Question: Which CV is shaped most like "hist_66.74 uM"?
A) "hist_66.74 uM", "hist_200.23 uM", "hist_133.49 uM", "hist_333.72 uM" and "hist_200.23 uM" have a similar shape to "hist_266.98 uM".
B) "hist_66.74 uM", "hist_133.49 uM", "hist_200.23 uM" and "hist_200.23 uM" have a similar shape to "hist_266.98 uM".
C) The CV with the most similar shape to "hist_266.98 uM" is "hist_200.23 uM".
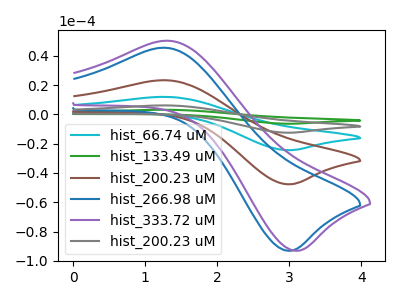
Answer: <think>The cyan curve "hist_66.74 uM" has an anodic peak at (1.25V, 46.60uA) and a cathodic peak at (3.05V, -95.30uA). The green curve "hist_133.49 uM" has an anodic peak at (1.25V, 93.20uA) and a cathodic peak at (3.05V, -190.60uA). The brown curve "hist_200.23 uM" has an anodic peak at (1.25V, 23.30uA) and a cathodic peak at (3.05V, -47.65uA). The blue curve "hist_266.98 uM" has an anodic peak at (1.25V, 45.45uA) and a cathodic peak at (3.05V, -93.00uA). The purple curve "hist_333.72 uM" has an anodic peak at (1.30V, 50.25uA) and a cathodic peak at (3.15V, -93.00uA). The gray curve "hist_200.23 uM" has an anodic peak at (1.25V, 69.90uA) and a cathodic peak at (3.05V, -142.95uA).
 All the peaks in "hist_66.74 uM" have a peak in "hist_133.49 uM" at the same potential. Every peak in "hist_66.74 uM" is lower than every peak in "hist_133.49 uM". All the peaks in "hist_66.74 uM" have a peak in "hist_200.23 uM" at the same potential. Every peak in "hist_66.74 uM" is higher than every peak in "hist_200.23 uM". All the peaks in "hist_66.74 uM" have a peak in "hist_266.98 uM" at the same potential. Every peak in "hist_66.74 uM" is higher than every peak in "hist_266.98 uM". "hist_66.74 uM" and "hist_333.72 uM" have at least one peak that do not match. All the peaks in "hist_66.74 uM" have a peak in "hist_200.23 uM" at the same potential. Every peak in "hist_66.74 uM" is lower than every peak in "hist_200.23 uM". All the peaks in "hist_133.49 uM" have a peak in "hist_200.23 uM" at the same potential. Every peak in "hist_133.49 uM" is higher than every peak in "hist_200.23 uM". All the peaks in "hist_133.49 uM" have a peak in "hist_266.98 uM" at the same potential. Every peak in "hist_133.49 uM" is higher than every peak in "hist_266.98 uM". "hist_133.49 uM" and "hist_333.72 uM" have at least one peak that do not match. All the peaks in "hist_133.49 uM" have a peak in "hist_200.23 uM" at the same potential. Every peak in "hist_133.49 uM" is higher than every peak in "hist_200.23 uM". All the peaks in "hist_200.23 uM" have a peak in "hist_266.98 uM" at the same potential. Every peak in "hist_200.23 uM" is lower than every peak in "hist_266.98 uM". "hist_200.23 uM" and "hist_333.72 uM" have at least one peak that do not match. All the peaks in "hist_200.23 uM" have a peak in "hist_200.23 uM" at the same potential. Every peak in "hist_200.23 uM" is lower than every peak in "hist_200.23 uM". "hist_266.98 uM" and "hist_333.72 uM" have at least one peak that do not match. All the peaks in "hist_266.98 uM" have a peak in "hist_200.23 uM" at the same potential. Every peak in "hist_266.98 uM" is lower than every peak in "hist_200.23 uM". "hist_333.72 uM" and "hist_200.23 uM" have at least one peak that do not match.</think>
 <answer>B) "hist_66.74 uM", "hist_133.49 uM", "hist_200.23 uM" and "hist_200.23 uM" have a similar shape to "hist_266.98 uM".</answer>
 <eval>B</eval>